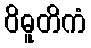
ဝိဓူတိကံ